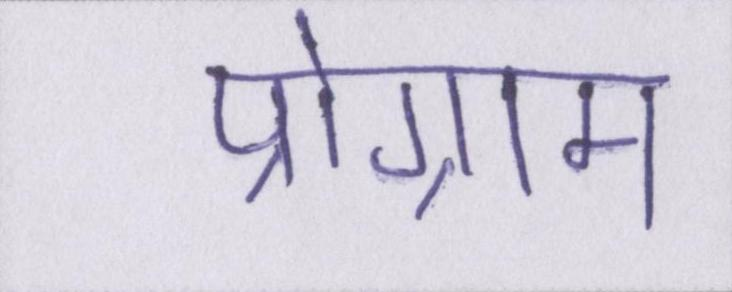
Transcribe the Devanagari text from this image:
प्रोग्राम